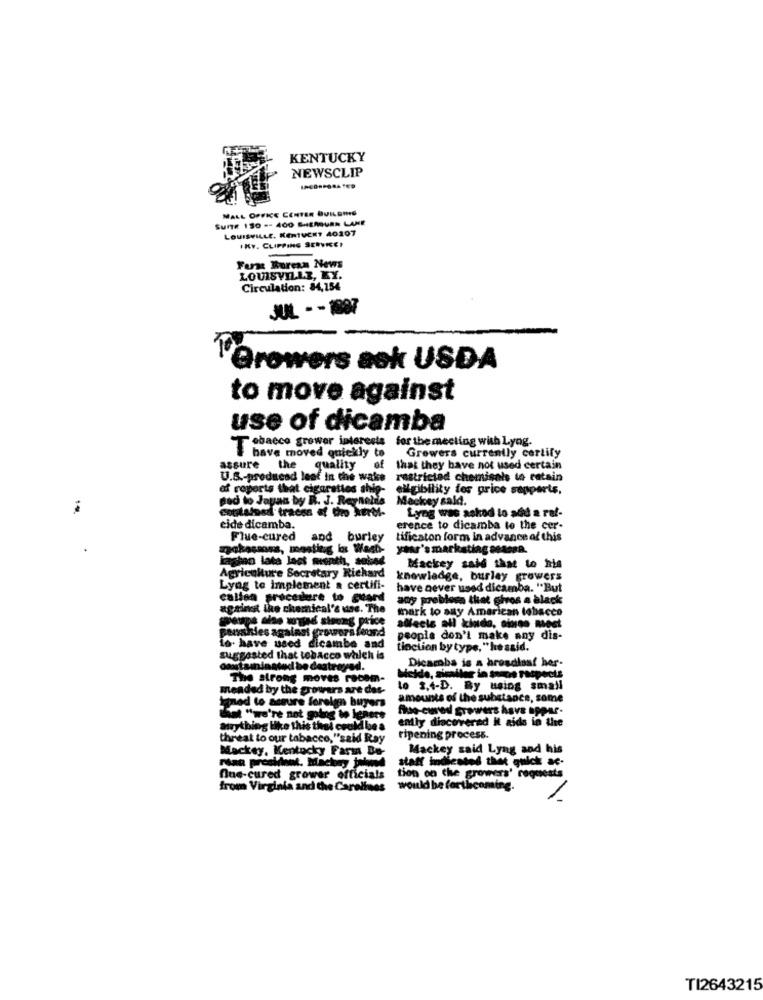
KENTUCKY
NEWSCLIP
MALL OFFICE CENTER BUILDING
Sure 150 -- 400 SHERBURN LANE
LOUISVILLE, KENTUCKY 40207
IKv. CLIPPING SERVREI
Ferme Turesn News
LOUISVILLE, KY.
Circulation: 84,154
JUL - - 1887
T'Growers ask USDA
to move against
use of dicamba
Tobacco grower interests for the meeting with Lyng.
Growers currently cortily
I have moved quickly to
assure the quality
of
that they have not used certain
U.S .- producad leaf in the wake
restricted chemisals to ratsin
af reports that cigarettes shig-
eligibility for price supports,
Bed to Japan by R. J. Reynolds
Mackey sald.
cottalos traces af thro kerMl-
Lyng was askod to add a ref-
eide dicamba.
erence to dicamba to the cer-
Flue-cured
and burley
tificaton form In advance of this
rokossoss, meeting los Washi-
year's marketing seAnna.
kaplan late last month, sobad
Mackey said that to his
Agriculture Secretary Richard
knowledge, burley growers
Lyng to implement a certifi-
have never used dicamba. "But
calion procedere to guard
any problesa that giros a black
against the chemical's use. The
mark to any American tobacco
affects all kindo, sioss mest
powskies against growers found
people don't make any dis-
lo. have used dicambe and
tinction by type, "he said.
suggested that tobacco which is
Dicaroba is a broadiaaf her-
onstaaninated be destroyed.
The strong moves racom-
Melde, similer in sempe raspects
mended by the growers are des-
to 3,4-D. By using small
amounts of the substance, some
Sint "we're not going to Ichere
nad to assure foreign buyers
flo-cwved growers have appar.
emly diacoverad It aids in the
anything like this that could be a
threat to our tabacco,"said Ray
ripening process.
Mackey, Kentucky Farm Be-
Mackey said Lyng and his
statt indicated that quick ac-
tion on the growers' requests
One-cured grower officials
from Virginia and the Carolines
would be forthcoming.
/
TI2643215